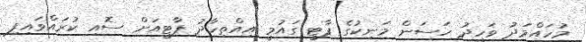
މުހައްމަދު ވަހީދު ހަސަން މަނިކުގެ ޕާޓީ ގައުމީ އިއްތިހާދު ޕާޓީއަށް ސޮއި ކުރައްވައިފި